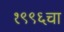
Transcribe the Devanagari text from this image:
१९९६चा